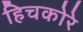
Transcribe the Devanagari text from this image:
हिचकोरे